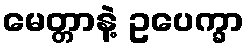
မေတ္တာနဲ့ ဥပေက္ခာ